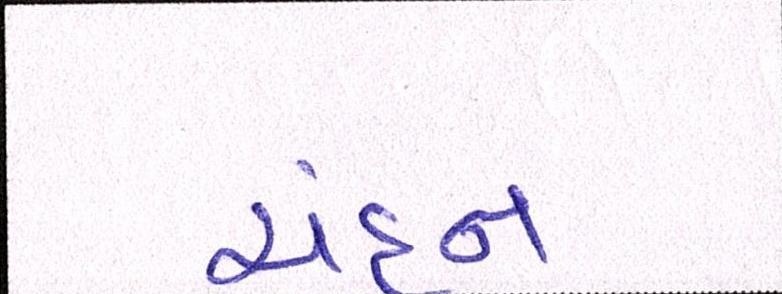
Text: ચંદન